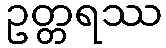
ဥတ္တရဿ